Code of medical and sanitary regulations for the guidance of medical officers serving in the Madras Presidency - Volume II
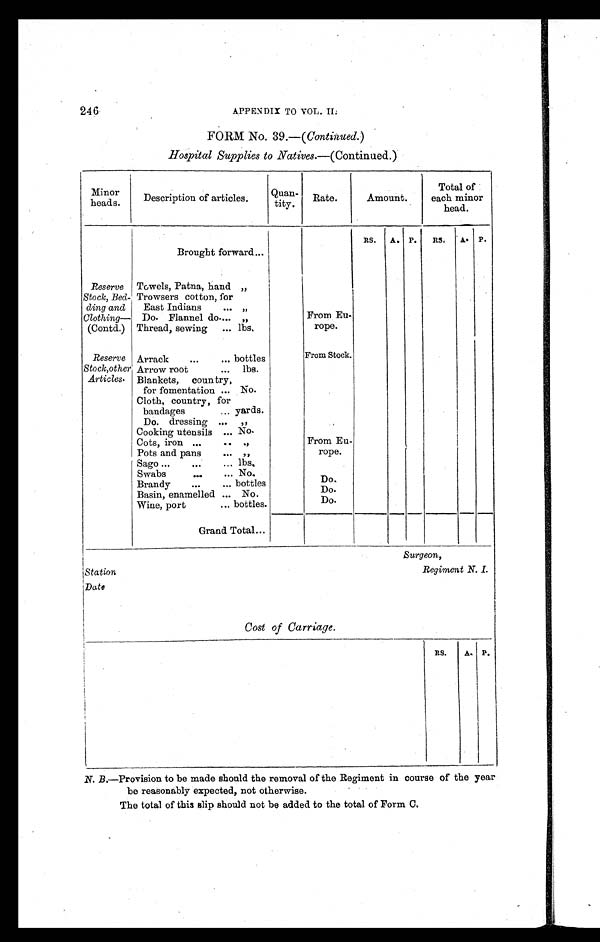
246 APPENDIX TO VOL. II.
FORM No. 39.—( Continued. )
Hospital Supplies to Natives. —(Continued.)
Minor
heads.
Description of articles.
Quan- tity. Rate.
Amount.
Total of
each minor
head.
RS. A. P.
RS. A. P.
Brought forward ...
Reserve
Stock, Bed-
ding and
Clothing—
(Contd.)
Towels, Patna, hand „
Trowsers cotton, for
East Indians ... „
Do. Flannel do. ... „
From Eu-
rope.
Thread, sewing ... lbs.
Reserve
Stock,other
Articles.
Arrack
...
... bottles
From Stock.
Arrow root
... lbs.
Blankets, country,
for fomentation ... No.
Cloth, country, for
bandages
... yards.
Do. dressing ... „
Cooking utensils ... No.
Cots, iron ...
.. „
From Eu-
rope.
Pots and pans ... „
Sago ... . . .
... lbs.
Swabs
...
... No.
Brandy . . .
... bottles
Do.
Basin, enamelled ... No.
Do.
Wine, port
... bottles.
Do.
Grand Total ...
Surgeon,
Station
Regiment N. I.
Date
Cost of Carriage.
RS. A. P.
N. B. —Provision to be made should the removal of the Regiment in course of the year
be reasonably expected, not otherwise.
The total of this slip should not be added to the total of Form C.